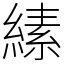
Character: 縤